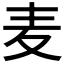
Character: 麦